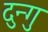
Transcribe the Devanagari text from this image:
दुन्गु